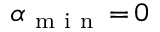
\alpha _ { \mathrm { ~ m ~ i ~ n ~ } } \, { = } \, 0